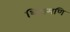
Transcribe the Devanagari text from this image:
शिरामणि